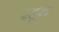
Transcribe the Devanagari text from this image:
८हून